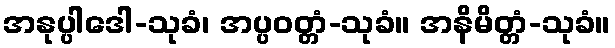
အနုပ္ပါဒေါ-သုခံ၊ အပ္ပဝတ္တံ-သုခံ။ အနိမိတ္တံ-သုခံ။